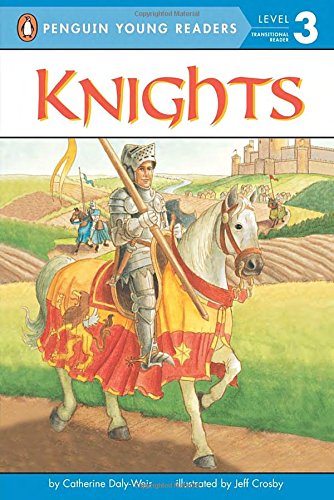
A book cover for Knights (Penguin Young Readers, Level 3); Catherine Daly-Weir; Children's Books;